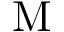
\mathrm { M }